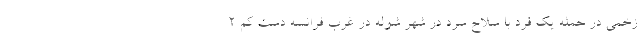
زخمی در حمله یک فرد با سلاح سرد در شهر شوله در غرب فرانسه دست کم 2